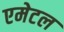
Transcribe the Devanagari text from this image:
एमेटल